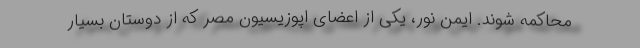
محاکمه شوند. ایمن نور، یکی از اعضای اپوزیسیون مصر که از دوستان بسیار